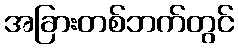
အခြားတစ်ဘက်တွင်